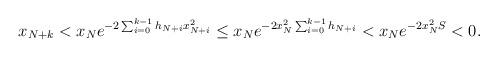
LaTeX: \begin{align*}x_{N+k} < x_N e^{-2\sum_{i=0}^{k-1} h_{N+i} x_{N+i}^2}\le x_N e^{-2x_N^2\sum_{i=0}^{k-1} h_{N+i}} < x_N e^{-2x_N^2S}<0.\end{align*}